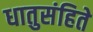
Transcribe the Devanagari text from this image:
धातुसंहिते